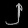
Digit: ၂